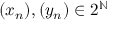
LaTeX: ( x _ { n } ) , ( y _ { n } ) \in 2 ^ { \mathbb { N } }